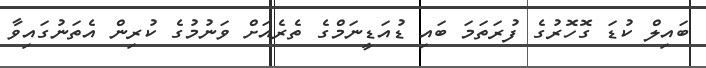
ބައިލް ކުޑަ ގޮހޮރުގެ ފުރަތަމަ ބައި ޑުއަޑީނަމްގެ ތެރެއަށް ވަނުމުގެ ކުރިން އެތަނުގައިވާ